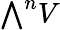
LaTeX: {\textstyle\bigwedge}^{n}V